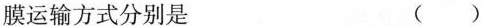
膜运输方式分别是 ( )